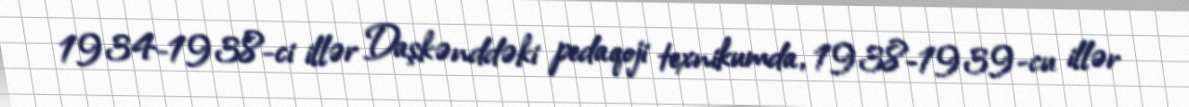
1934-1938-ci illər Daşkənddəki pedaqoji texnikumda, 1938-1939-cu illər